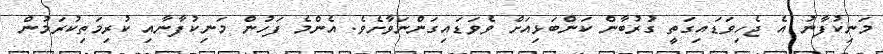
މަނިކުފާނު އެ ޖެހިވަޑައިގަތީ ގުރުބާން ކަންބަޅިއަށް ވެވަޑައިގަންނަވާށެވެ. އެންމެ ފަހުން މަނިކުފާނާއި ކުރިމަތިކުރަމުން